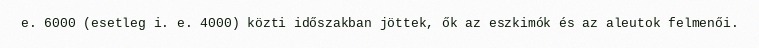
e. 6000 (esetleg i. e. 4000) közti időszakban jöttek, ők az eszkimók és az aleutok felmenői.